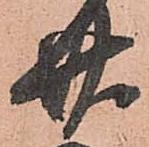
廿